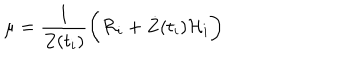
\mu = \frac { 1 } { Z ( t _ { i } ) } \biggr ( { \cal R } _ { i } + { \dot { Z } } ( t _ { i } ) { \cal H } _ { i } \biggl )